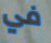
في